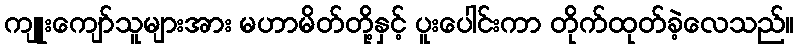
ကျူးကျော်သူများအား မဟာမိတ်တို့နှင့် ပူးပေါင်းကာ တိုက်ထုတ်ခဲ့လေသည်။